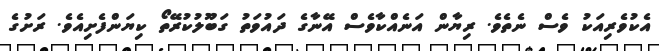
އެކުވެރިއަކު ވެސް ނެތެވެ. ރިޔާން އަނެއްކާވެސް އޭނާގެ ދައުވަތު ގަބޫލުކުރޭތޯ ކިޔަންފެށިއެވެ. ރަށުގެ